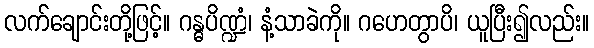
လက်ချောင်းတို့ဖြင့်။ ဂန္ဓပိဏ္ဍံ၊ နံ့သာခဲကို။ ဂဟေတွာပိ၊ ယူပြီး၍လည်း။